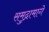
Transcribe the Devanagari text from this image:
समुद्रामागे